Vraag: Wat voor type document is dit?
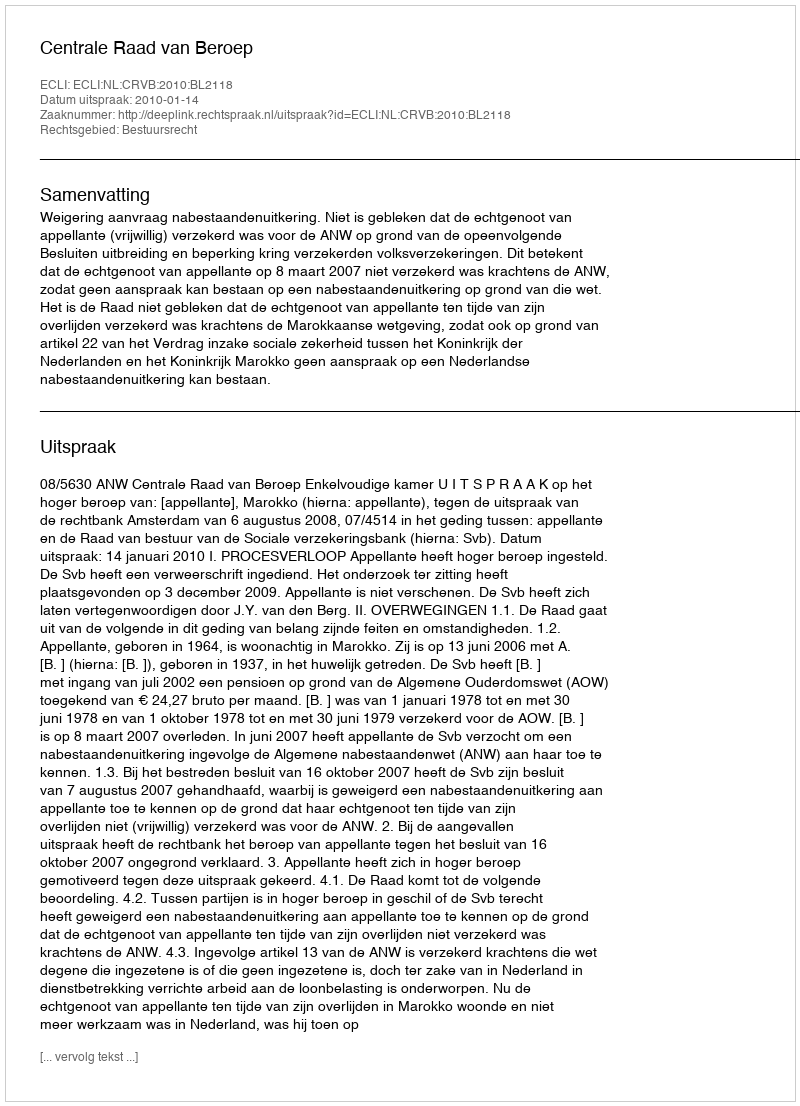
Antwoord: Uitspraak